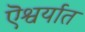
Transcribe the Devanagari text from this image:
ऎश्वर्यात